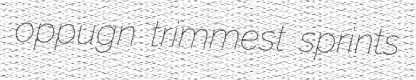
oppugn trimmest sprints